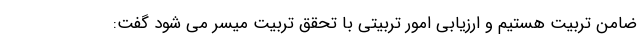
ضامن تربیت هستیم و ارزیابی امور تربیتی با تحقق تربیت میسر می شود گفت: